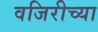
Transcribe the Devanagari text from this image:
वजिरीच्या